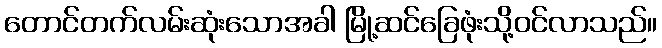
တောင်တက်လမ်းဆုံးသောအခါ မြို့ဆင်ခြေဖုံးသို့ဝင်လာသည်။